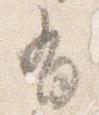
有